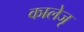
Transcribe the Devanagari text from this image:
कालेजृ